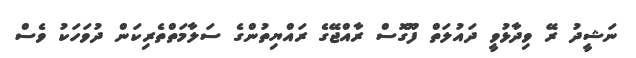
ނަޝީދު ރޭ ވިދާޅުވީ ދައުލަތް ފޫގޮސް ރާއްޖޭގެ ރައްޔިތުންގެ ސަލާމަތްތެރިކަން ދުވަހަކު ވެސް